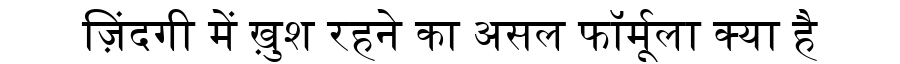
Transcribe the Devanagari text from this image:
ज़िंदगी में ख़ुश रहने का असल फॉर्मूला क्या है